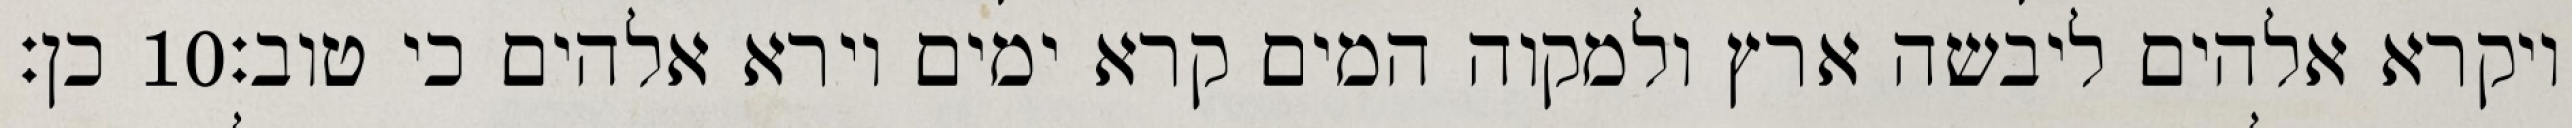
כן׃ ‎10‏ ויקרא אלהים ליבשה ארץ ולמקוה המים קרא ימים וירא אלהים כי טוב׃